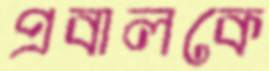
প্রবালকে